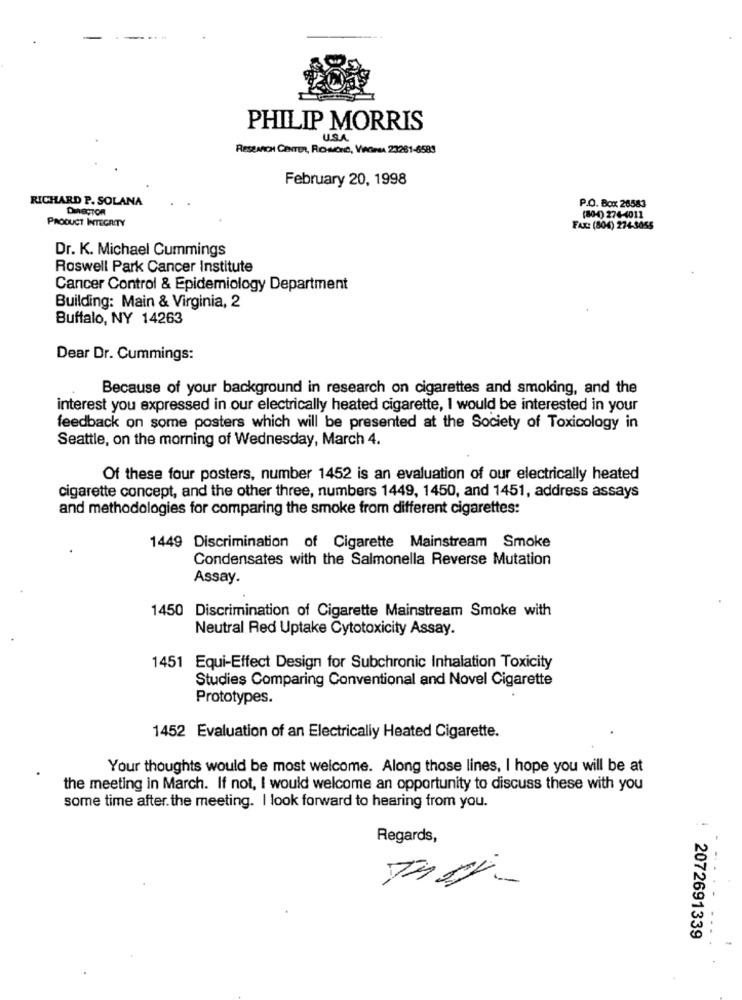
PHILIP MORRIS
U.S.A
RESEARCH CENTER, ROMONE, VIACIMA 23261-6589
February 20, 1998
RICHARD P. SOLANA
DIRECTOR
P.O. Box 26583
PRODUCT INTEGRITY
(80-4) 274-4011
FAX: (804) 274-3055
Dr. K. Michael Cummings
Roswell Park Cancer Institute
Cancer Control & Epidemiology Department
Building: Main & Virginia, 2
Buffalo, NY 14263
Dear Dr. Cummings:
Because of your background in research on cigarettes and smoking, and the
interest you expressed in our electrically heated cigarette, I would be interested in your
feedback on some posters which will be presented at the Society of Toxicology in
Seattle, on the morning of Wednesday, March 4.
Of these four posters, number 1452 is an evaluation of our electrically heated
cigarette concept, and the other three, numbers 1449, 1450, and 1451, address assays
and methodologies for comparing the smoke from different cigarettes:
1449 Discrimination of Cigarette Mainstream Smoke
Condensates with the Salmonella Reverse Mutation
Assay.
1450 Discrimination of Cigarette Mainstream Smoke with
Neutral Red Uptake Cytotoxicity Assay.
1451 Equi-Effect Design for Subchronic Inhalation Toxicity
Studies Comparing Conventional and Novel Cigarette
Prototypes.
1452 Evaluation of an Electrically Heated Cigarette.
Your thoughts would be most welcome. Along those lines, I hope you will be at
the meeting in March. If not, I would welcome an opportunity to discuss these with you
some time after. the meeting. I look forward to hearing from you.
Regards,
2072691339